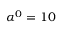
\alpha ^ { 0 } = 1 0